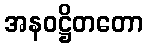
အနဝဋ္ဌိတတော